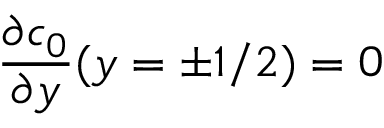
\frac { \partial c _ { 0 } } { \partial y } ( y = \pm 1 / 2 ) = 0